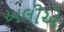
અલીએ